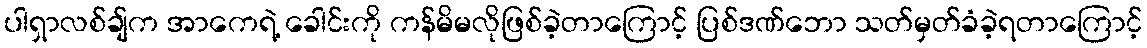
ပါရှာလစ်ချ်က အာကေရဲ့ ခေါင်းကို ကန်မိမလိုဖြစ်ခဲ့တာကြောင့် ပြစ်ဒဏ်ဘော သတ်မှတ်ခံခဲ့ရတာကြောင့်